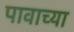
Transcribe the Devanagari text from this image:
पावाच्या